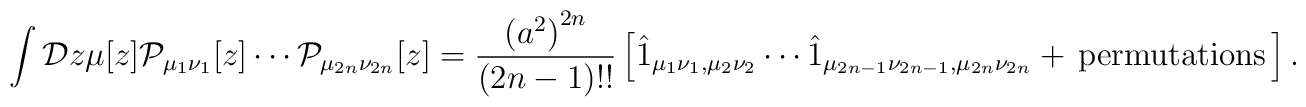
\int {\cal D}z\mu[z]{\cal P}_{\mu_1\nu_1}[z]\cdots {\cal P}_{\mu_{2n}\nu_{2n}}[z]=\frac{\left(a^2\right)^{2n}}{(2n-1)!!}\left[\hat 1_{\mu_1\nu_1, \mu_2\nu_2}\cdots \hat 1_{\mu_{2n-1}\nu_{2n-1},\mu_{2n}\nu_{2n}}+{\,} {\rm permutations}{\,}\right].